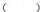
( )